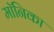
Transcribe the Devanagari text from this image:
माॅनिका